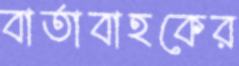
বার্তাবাহকের